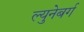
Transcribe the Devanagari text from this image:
ल्युनेबर्ग